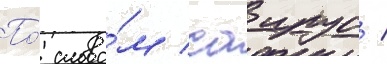
По́ слова́м саирус /